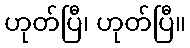
ဟုတ်ပြီ၊ ဟုတ်ပြီ။